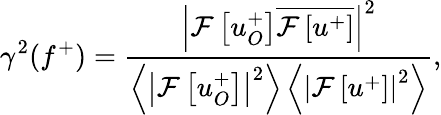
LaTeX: \gamma^{2}(f^{+})=\frac{\left|\mathcal{F}\left[u_{O}^{+}\right]\overline{{\mathcal{F}\left[u^{+}\right]}}\right|^{2}}{\left<\left|\mathcal{F}\left[u_{O}^{+}\right]\right|^{2}\right>\left<\left|\mathcal{F}\left[u^{+}\right]\right|^{2}\right>},